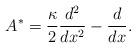
LaTeX: \begin{align*}A^* = \frac{\kappa}{2} \frac{d^2}{d x^2} - \frac{d}{d x}.\end{align*}